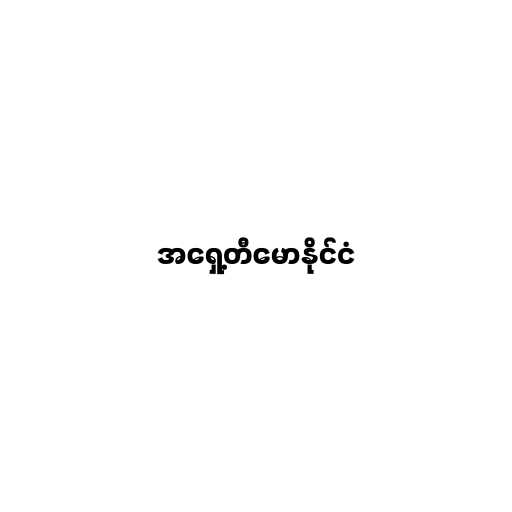
အရှေ့တီမောနိုင်ငံ